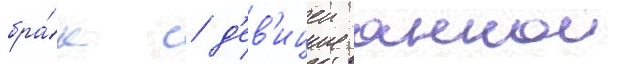
бра́к с д'ев'ицеи аннои